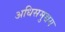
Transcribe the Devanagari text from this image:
अधिसमुच्चय